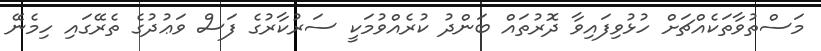
މަސްތުވާތަކެއްޗަށް ހުޅުވިފައިވާ ދޮރުތައް ބަންދު ކުރެއްވުމަކީ ސަރުކާރުގެ ފަސް ވަޢުދުގެ ތެރޭގައި ހިމެނޭ